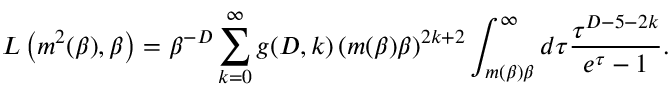
L \left( m ^ { 2 } ( \beta ) , \beta \right) = \beta ^ { - D } \sum _ { k = 0 } ^ { \infty } g ( D , k ) \left( m ( \beta ) \beta \right) ^ { 2 k + 2 } \int _ { m ( \beta ) \beta } ^ { \infty } d \tau \frac { \tau ^ { D - 5 - 2 k } } { e ^ { \tau } - 1 } .